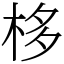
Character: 栘